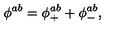
\phi ^ { a b } = \phi _ { + } ^ { a b } + \phi _ { - } ^ { a b } ,